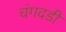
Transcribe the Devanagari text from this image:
चंगदडी